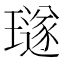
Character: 璲